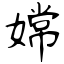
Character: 嫦